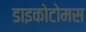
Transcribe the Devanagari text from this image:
डाइकोटोमस